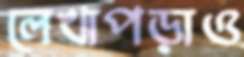
লেখাপড়াও